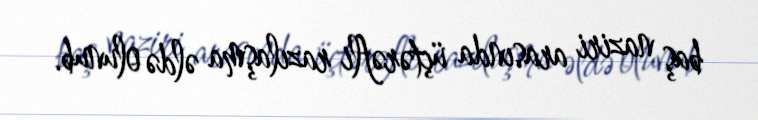
baş naziri arasında üçtərəfli razılaşma əldə olunub.